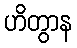
ဟိတွာန